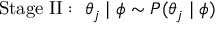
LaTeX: { \mathrm { S t a g e ~ I I : ~ } } \theta _ { j } \mid \phi \sim P ( \theta _ { j } \mid \phi )